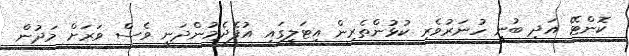
ކޮންޓޭ އަދި ބުނީ ހުނަރުވެރި ކުޅުންތެރިން އިޓަލީގައި އުފެދެމުންދަނީ ވެސް ވަރަށް މަދުން